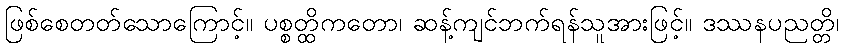
ဖြစ်စေတတ်သောကြောင့်။ ပစ္စတ္ထိကတော၊ ဆန့်ကျင်ဘက်ရန်သူအားဖြင့်။ ဒဿနပညတ္တိ၊